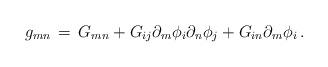
LaTeX: \begin{align*}g_{mn} \, = \, G_{mn} + G_{ij} \partial_m \phi_i \partial_n \phi_j + G_{in} \partial_m \phi_i \, .\end{align*}